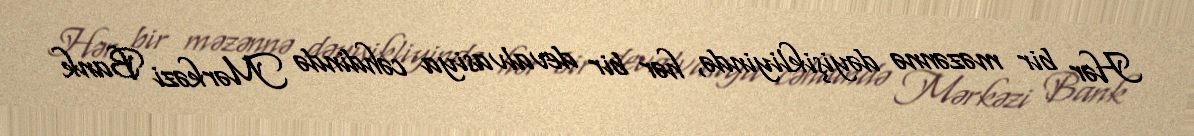
Hər bir məzənnə dəyişikliyində, hər bir devalvasiya cəhdində Mərkəzi Bank